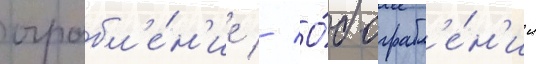
ограбл'е́н'ие // О́б ограбл'е́н'ии